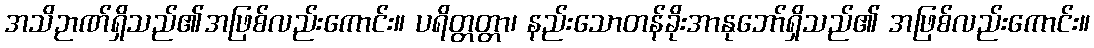
အသိဉာဏ်ရှိသည်၏အဖြစ်လည်းကောင်း။ ပရိတ္တတ္တာ၊ နည်းသောတန်ခိုးအာနုဘော်ရှိသည်၏ အဖြစ်လည်းကောင်း။